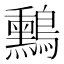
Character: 𪇑